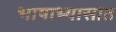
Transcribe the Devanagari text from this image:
भाषाभ्यासात